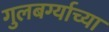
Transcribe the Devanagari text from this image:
गुलबर्ग्याच्या